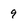
Character: 9